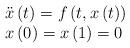
LaTeX: \begin{align*}\begin{array}{l}\ddot{x}\left( t\right) =f\left( t,x\left( t\right) \right) \\ x\left( 0\right) =x\left( 1\right) =0\end{array}\end{align*}